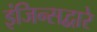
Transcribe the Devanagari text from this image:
इंजिन्सद्वारे